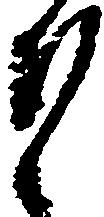
そ